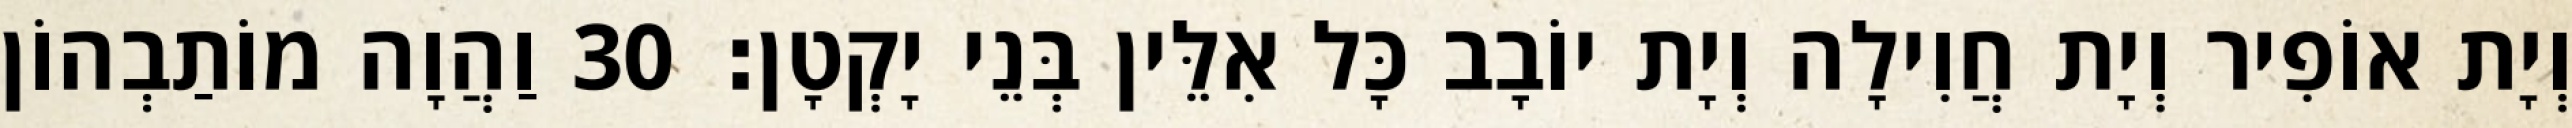
וְיָת אוֹפִיר וְיָת חֲוִילָה וְיָת יוֹבָב כָּל אִלֵּין בְּנֵי יָקְטָן׃ 30 וַהֲוָה מוֹתַבְהוֹן